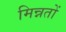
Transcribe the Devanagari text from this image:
मिन्नतों